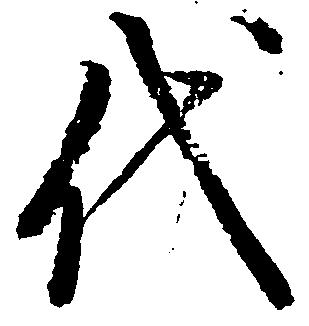
代